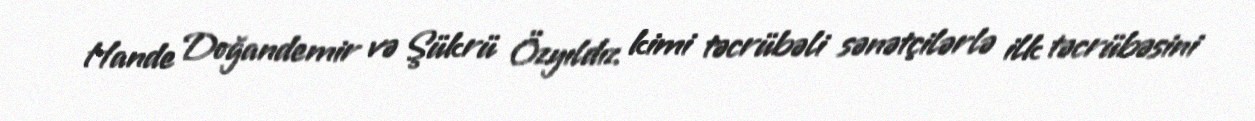
Hande Doğandemir və Şükrü Özyıldız kimi təcrübəli sənətçilərlə ilk təcrübəsini